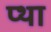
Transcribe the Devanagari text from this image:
प्था